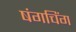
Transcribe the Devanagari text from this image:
षंगचिंग